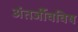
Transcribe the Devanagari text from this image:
अंतर्जीवविष